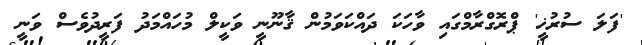
'ފަލަ ސުރުޚީ' ޕްރޮގްރާމްގައި ވާހަކަ ދައްކަވަމުން ޤާނޫނީ ވަކީލް މުހައްމަދު ފަރީދުވެސް ވަނީ